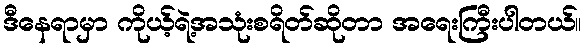
ဒီနေရာမှာ ကိုယ့်ရဲ့အသုံးစရိတ်ဆိုတာ အရေးကြီးပါတယ်။